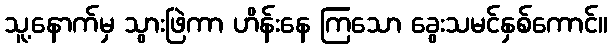
သူ့နောက်မှ သွားဖြဲကာ ဟိန်းနေ ကြသော ခွေးသမင်နှစ်ကောင်။